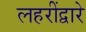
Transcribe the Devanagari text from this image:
लहरींद्वारे